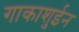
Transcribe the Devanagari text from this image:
गाकाशुईन